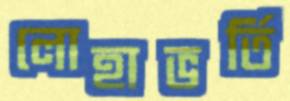
লোহাভর্তি